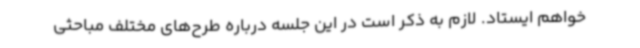
خواهم ایستاد. لازم به ذکر است در این جلسه درباره طرح‌های مختلف مباحثی